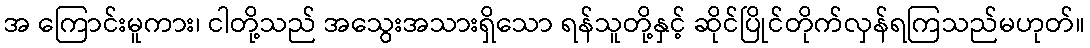
အ ကြောင်းမူကား၊ ငါတို့သည် အသွေးအသားရှိသော ရန်သူတို့နှင့် ဆိုင်ပြိုင်တိုက်လှန်ရကြသည်မဟုတ်။